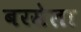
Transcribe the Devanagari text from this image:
बरसेला